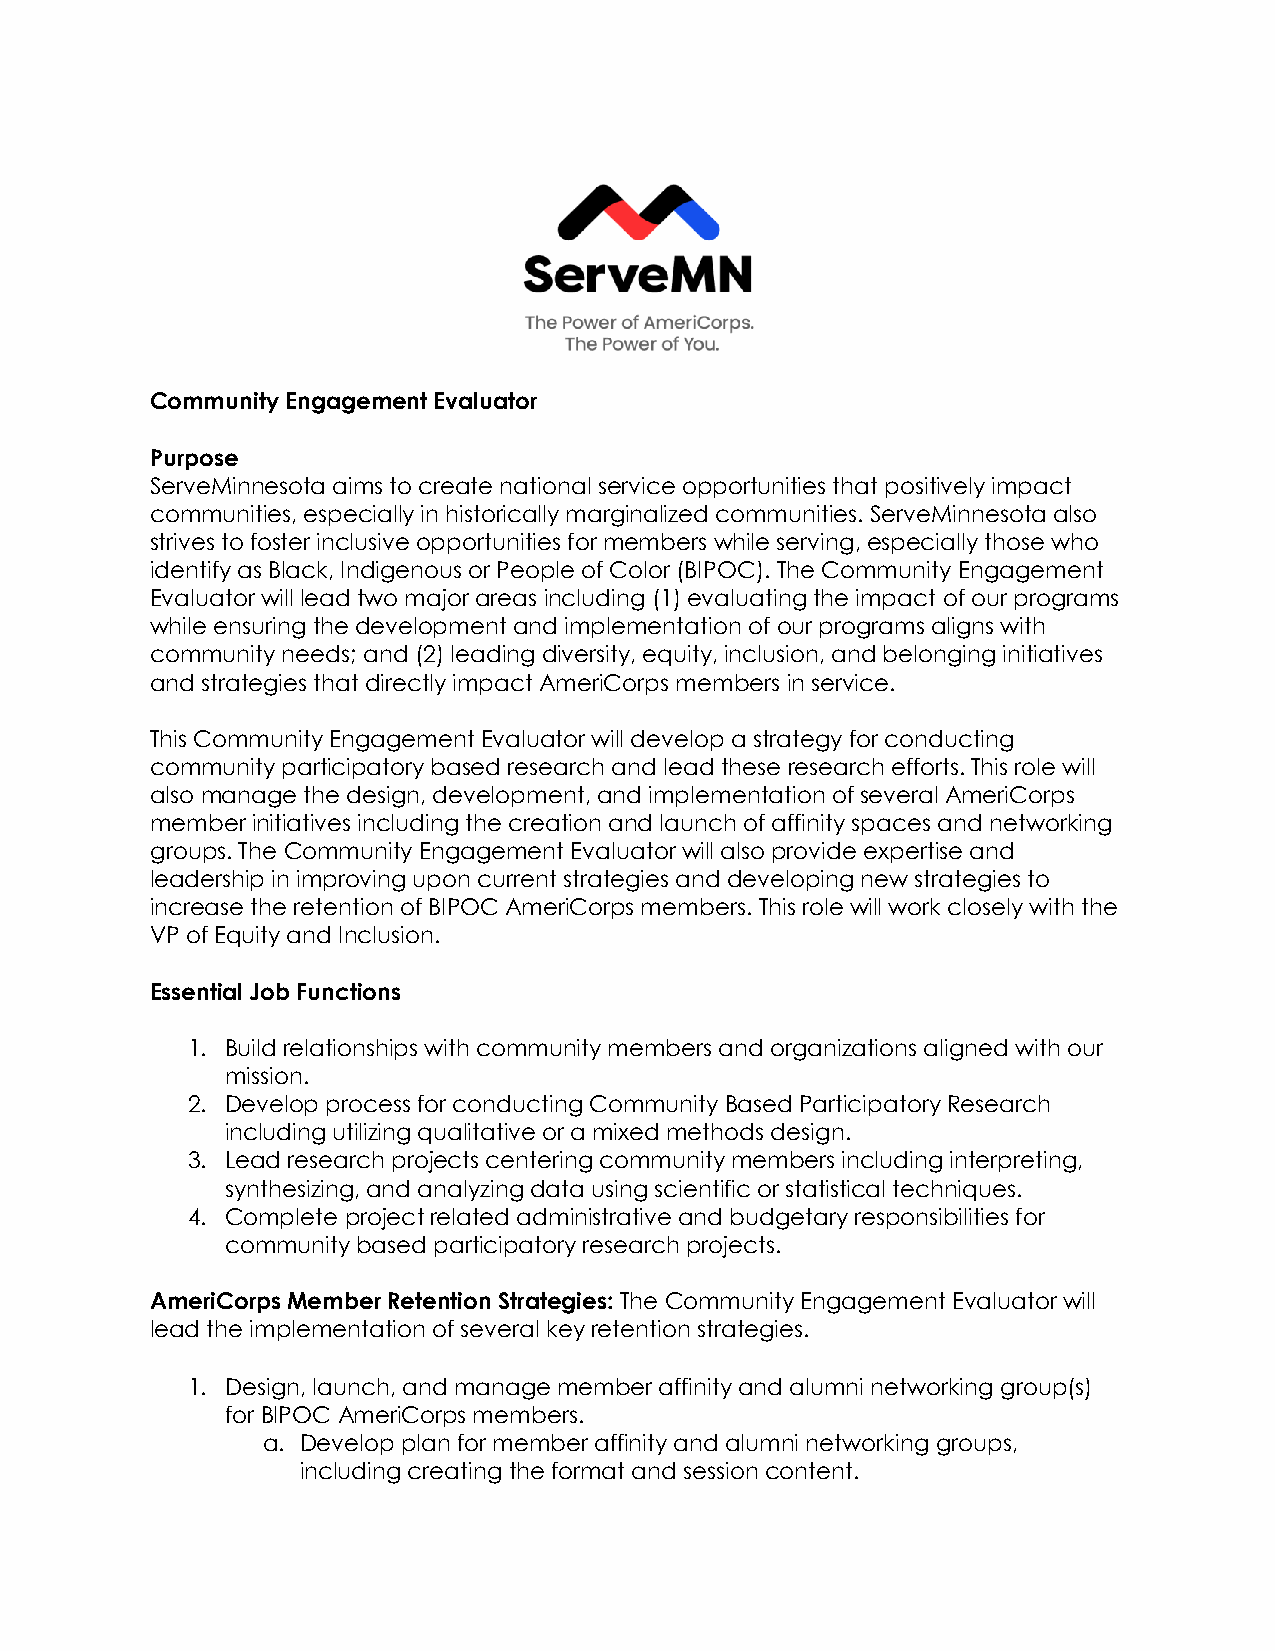
Community Engagement Evaluator
 Purpose
 ServeMinnesota aims to create national service opportunities that positively impact
 communities, especially in historically marginalized communities. ServeMinnesota also
 strives to foster inclusive opportunities for members while serving, especially those who
 identify as Black, Indigenous or People of Color (BIPOC). The Community Engagement
 Evaluator will lead two major areas including (1) evaluating the impact of our programs
 while ensuring the development and implementation of our programs aligns with
 community needs; and (2) leading diversity, equity, inclusion, and belonging initiatives
 and strategies that directly impact AmeriCorps members in service.
 This Community Engagement Evaluator will develop a strategy for conducting
 community participatory based research and lead these research efforts. This role will
 also manage the design, development, and implementation of several AmeriCorps
 member initiatives including the creation and launch of affinity spaces and networking
 groups. The Community Engagement Evaluator will also provide expertise and
 leadership in improving upon current strategies and developing new strategies to
 increase the retention of BIPOC AmeriCorps members. This role will work closely with the
 VP of Equity and Inclusion.
 Essential Job Functions
 1. Build relationships with community members and organizations aligned with our
 mission.
 2. Develop process for conducting Community Based Participatory Research
 including utilizing qualitative or a mixed methods design.
 3. Lead research projects centering community members including interpreting,
 synthesizing, and analyzing data using scientific or statistical techniques.
 4. Complete project related administrative and budgetary responsibilities for
 community based participatory research projects.
 AmeriCorps Member Retention Strategies: The Community Engagement Evaluator will
 lead the implementation of several key retention strategies.
 1. Design, launch, and manage member affinity and alumni networking group(s)
 for BIPOC AmeriCorps members.
 a. Develop plan for member affinity and alumni networking groups,
 including creating the format and session content.